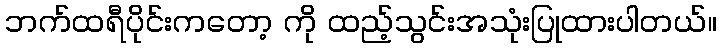
ဘက်ထရီပိုင်းကတော့ ကို ထည့်သွင်းအသုံးပြုထားပါတယ်။